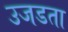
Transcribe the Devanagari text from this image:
उजडता